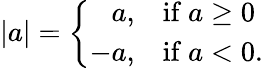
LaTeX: |a|=\left\{ {\begin{array}{rl}{a,}&{{\mathrm{if~}}a\geq 0}\\ {-a,}&{{\mathrm{if~}}a<0.}\end{array}}\right.